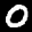
Label: 0